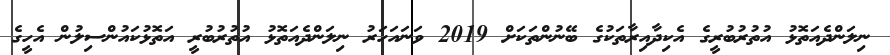
ނިލަންދެއަތޮޅު އުތުރުބުރީގެ އެކިދާއިރާތަކުގެ ބޭނުންތަކަށް 2019 ވަނައަހަރު ނިލަންދެއަތޮޅު އުތުރުބުރީ އަތޮޅުކައުންސިލުން އެހީގެ